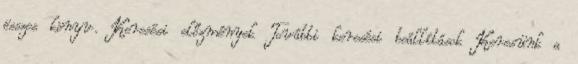
összes könyv. Keresési előzmények További keresési beállítások Keresünk a